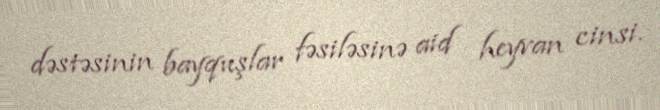
dəstəsinin bayquşlar fəsiləsinə aid heyvan cinsi.